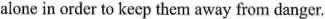
alone in order to kecp them away from danger.